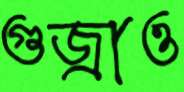
গুজ্‌রাও